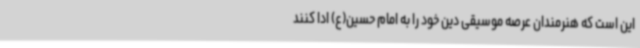
این است که هنرمندان عرصه موسیقی دین خود را به امام حسین(ع) ادا کنند